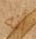
أنه